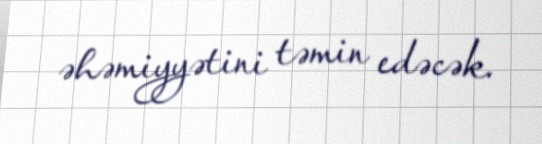
əhəmiyyətini təmin edəcək.